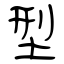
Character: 型